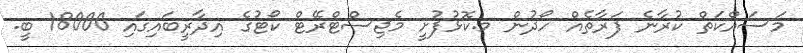
މަސައްކަތް ކުރާނެ ފަރާތެއް ހޯދުން މ.ކޮޅުފުށީ މެޖިސްޓްރޭޓް ކޯޓުގެ އިދާރީބައިގައި 18000 ބީ.